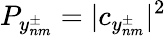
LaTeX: P_{y_{nm}^{\pm}}=|c_{y_{nm}^{\pm}}|^{2}